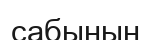
сабынын